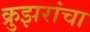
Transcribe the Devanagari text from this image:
क्रुझरांचा